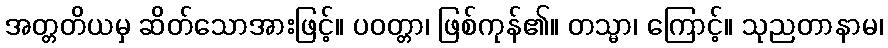
အတ္တတိယမှ ဆိတ်သောအားဖြင့်။ ပဝတ္တာ၊ ဖြစ်ကုန်၏။ တသ္မာ၊ ကြောင့်။ သုညတာနာမ၊